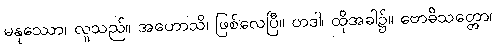
မနုဿော၊ လူသည်။ အဟောသိ၊ ဖြစ်လေပြီ။ တဒါ၊ ထိုအခါ၌။ ဗောဓိသတ္တော၊